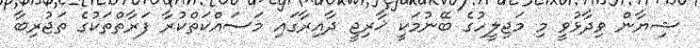
ޝިޔާން ވިދާޅުވީ މި މަޖިލީހުގެ ބޭނުމަކީ ޚާރިޖީ ދާއިރާގައި މަސައްކަތްކުރާ ފަރާތްތަކުގެ ތަޖުރިބާ